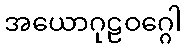
အယောဂုဠဝဂ္ဂေါ